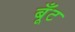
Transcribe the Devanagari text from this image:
बूँट